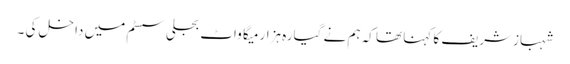
شہبازشریف کا کہنا تھا کہ ہم نے گیارہ ہزار میگا واٹ بجلی سسٹم میں داخل کی ۔